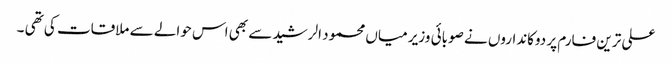
علی ترین فارم پر دوکانداروں نے صوبائی وزیر میاں محمود الرشید سے بھی اس حوالے سے ملاقات کی تھی ۔